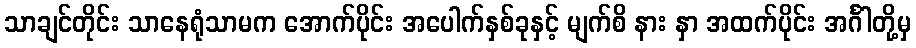
သာချင်တိုင်း သာနေရုံသာမက အောက်ပိုင်း အပေါက်နှစ်ခုနှင့် မျက်စိ နား နှာ အထက်ပိုင်း အင်္ဂါတို့မှ